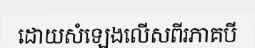
ដោយសំឡេងលើសពីរភាគបី